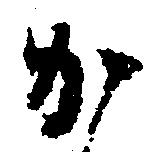
か